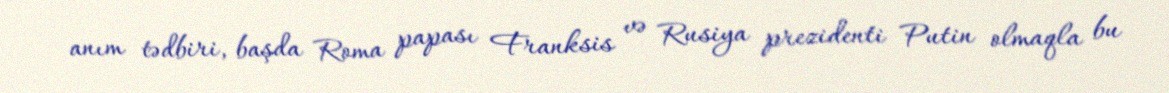
anım tədbiri, başda Roma papası Franksis və Rusiya prezidenti Putin olmaqla bu